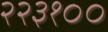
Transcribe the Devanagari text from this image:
२२३१००